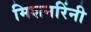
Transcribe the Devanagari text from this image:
मिशनरिंनी